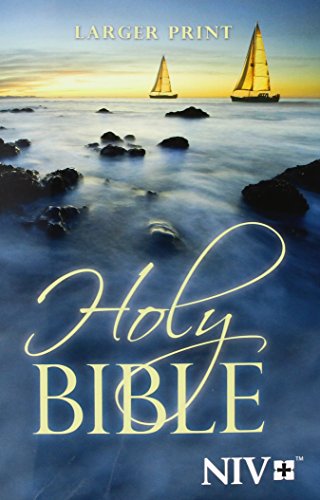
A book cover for NIV Holy Bible, Larger Print; Christian Books & Bibles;